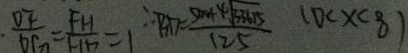
\frac { D F } { D G } = \frac { F H } { H D } = 1 \therefore B D = \frac { 5 0 0 + 4 \sqrt { 3 3 6 1 5 } } { 1 2 5 } ( 0 < x < 8 )